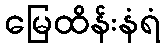
မြေထိန်းနံရံ